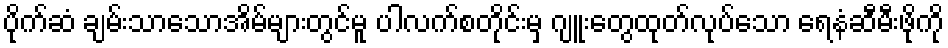
ပိုက်ဆံ ချမ်းသာသောအိမ်များတွင်မူ ပါလက်စတိုင်းမှ ဂျူးတွေထုတ်လုပ်သော ရေနံဆီမီးဖိုကို